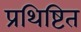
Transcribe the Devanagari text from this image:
प्रथिष्टित